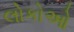
લોકોઓ